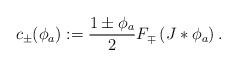
LaTeX: \begin{align*}c_{\pm}(\phi_a):=\frac{1\pm\phi_a}{2}F_{\mp}\left(J*\phi_{a}\right) .\end{align*}